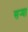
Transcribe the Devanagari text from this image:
सर्‍या